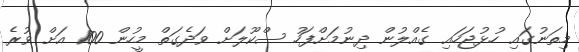
މިތަނުގައި ހުޅުޖަހައި ގެއްލުން ދިނުމަށްފަހު ސްކޫލަށް ވަދެގަތް މީހުން 100 އަށް ވުރެ